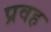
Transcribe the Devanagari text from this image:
प्रवह